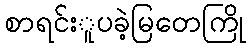
စာရင်းူပခဲ့မြတေကြို